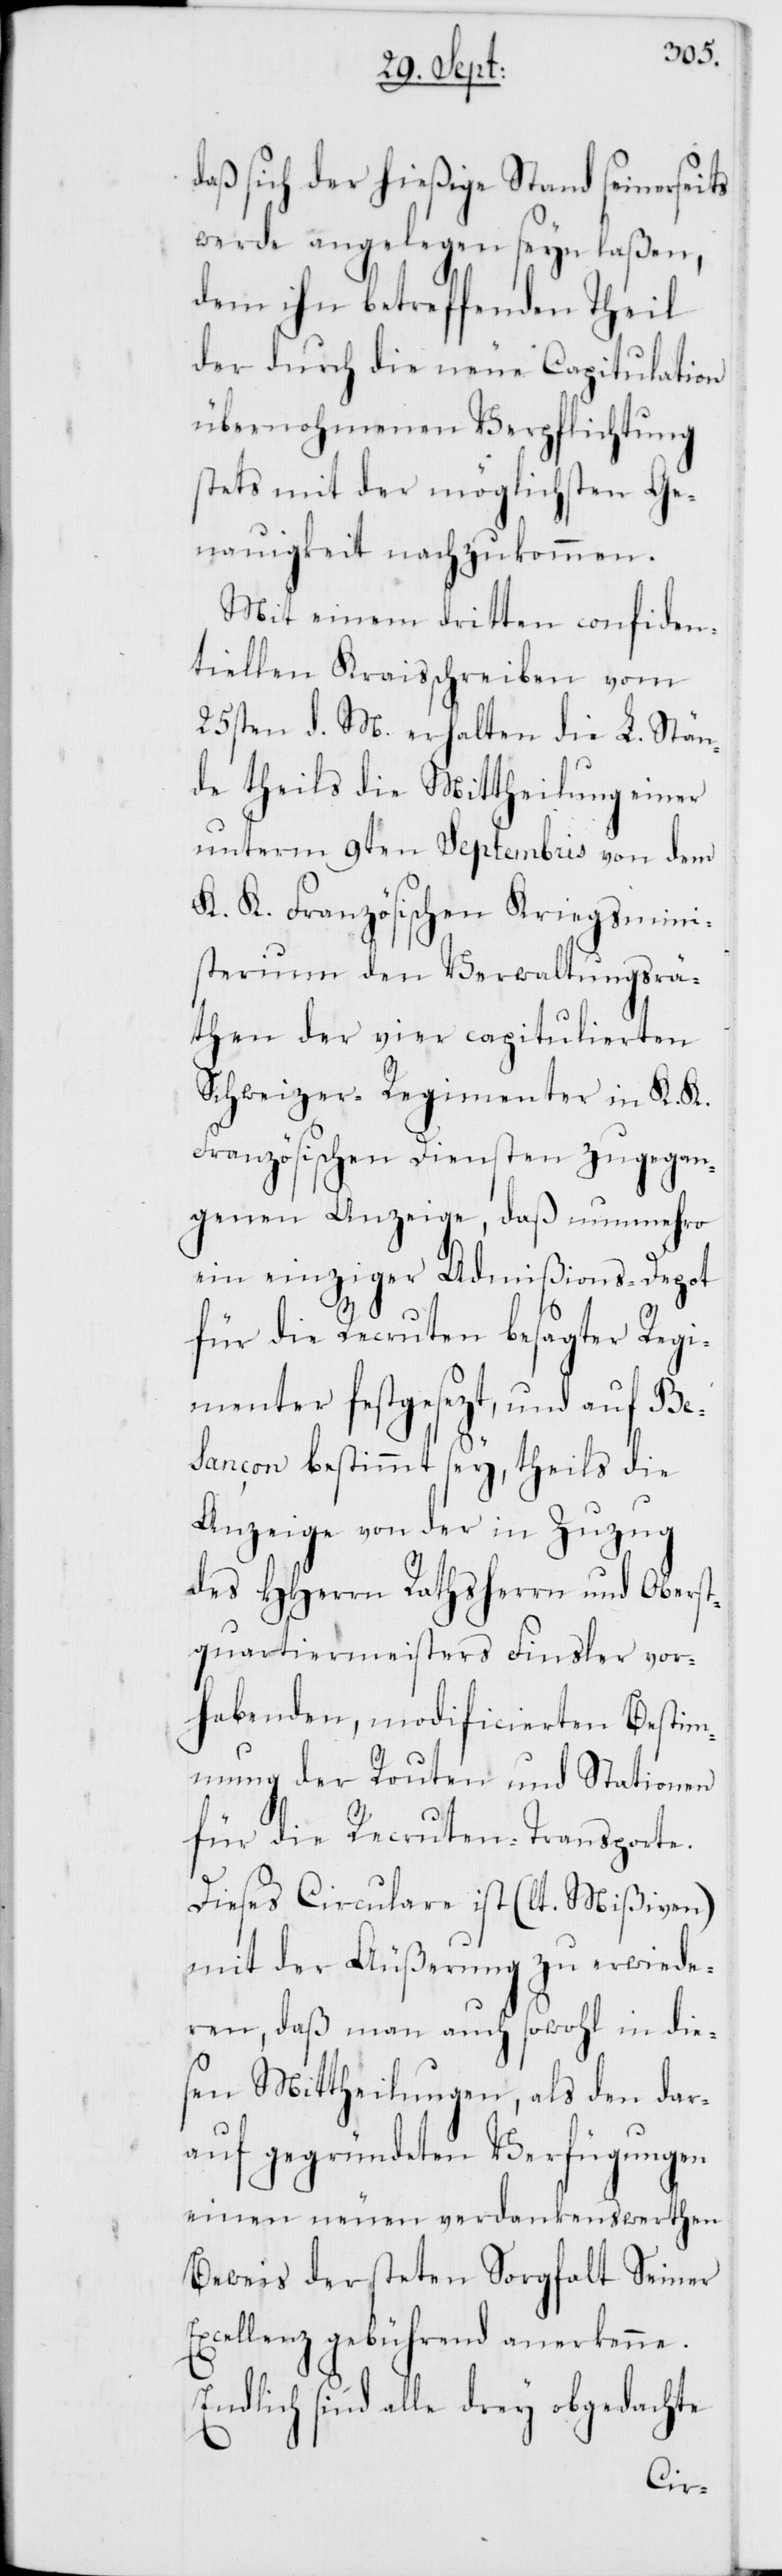
daß sich der hießige Stand seinerseits
werde angelegen seyn laßen,
dem ihn betreffenden Theil
der durch die neue Capitulation
übernohmenen Verpflichtung
stets mit der möglichsten Ge¬
nauigkeit nachzukommen.
Mit einem dritten confiden¬
tiellen Kraisschreiben vom
25sten d. M. erhalten die L. Stän¬
de theils die Mittheilung einer
unterm 9ten Septembris von dem
K. K. Französischen Kriegsmini¬
sterium den Verwaltungsrä¬
then der vier capitulierten
Schweizer-Regimenter in K. K.
Französischen Diensten zugegan¬
genen Anzeige, daß nunmehro
ein einziger Admißions-Depot
für die Recruten besagter Regi¬
menter festgesezt, und auf Bes¬
ançon bestimmt sey, theils die
Anzeige von der in Zuzug
des HHerrn Rathsherrn und Oberst¬
quartiermeisters Finsler vor¬
habenden, modificierten Bestim¬
mung der Routen und Stationen
für die Recruten-Transporte.
Diese Circulare ist (lt. Mißiven)
mit der Äußerung zu erwide¬
ren, daß man auch sowohl in die¬
sen Mittheilungen, als den dar¬
auf gegründeten Verfügungen
einen neuen verdankenswerthen
Beweis der steten Sorgfalt Seiner
xcellenz gebührend anerkenne.
Endlich sind alle drey obgedachte
E¬